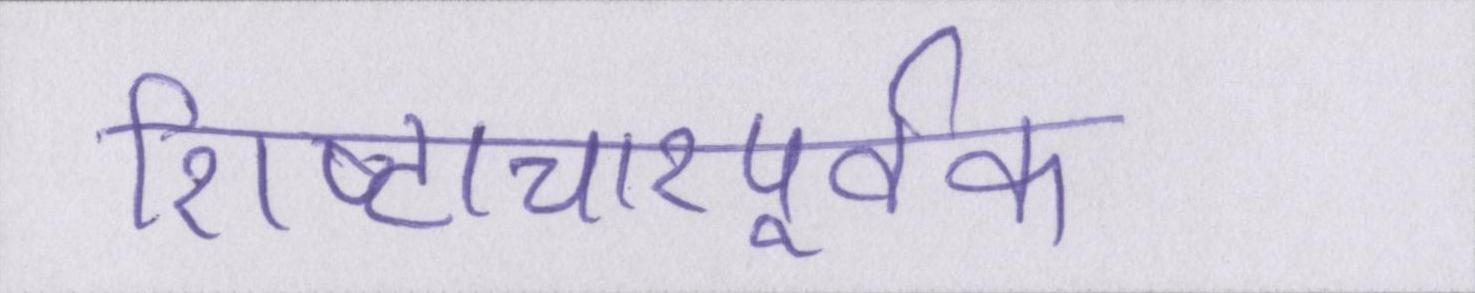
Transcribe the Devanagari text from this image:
शिष्टाचारपूर्वक।